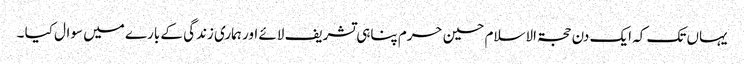
یہاں تک کہ ایک دن حجۃ الاسلام حسین حرم پناہی تشریف لائے اور ہماری زندگی کے بارے میں سوال کیا ۔